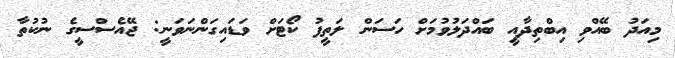
މިއަދު ބޭއްވި އިބްތިދާއީ ބައްދަލުވުމަށް ހަސަން ލަތީފު ކޯޓަށް ވަޑައިގަންނަވަނީ: ޖޭއެސްސީގެ ނުކުތާ